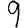
Digit: 9